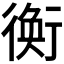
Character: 𧗽